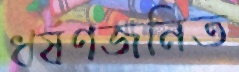
ধর্ষণজনিত